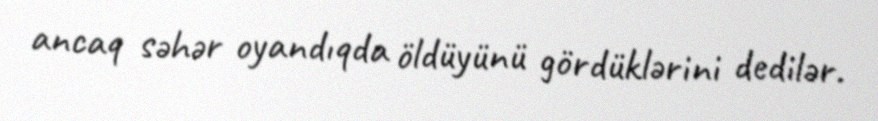
ancaq səhər oyandıqda öldüyünü gördüklərini dedilər.